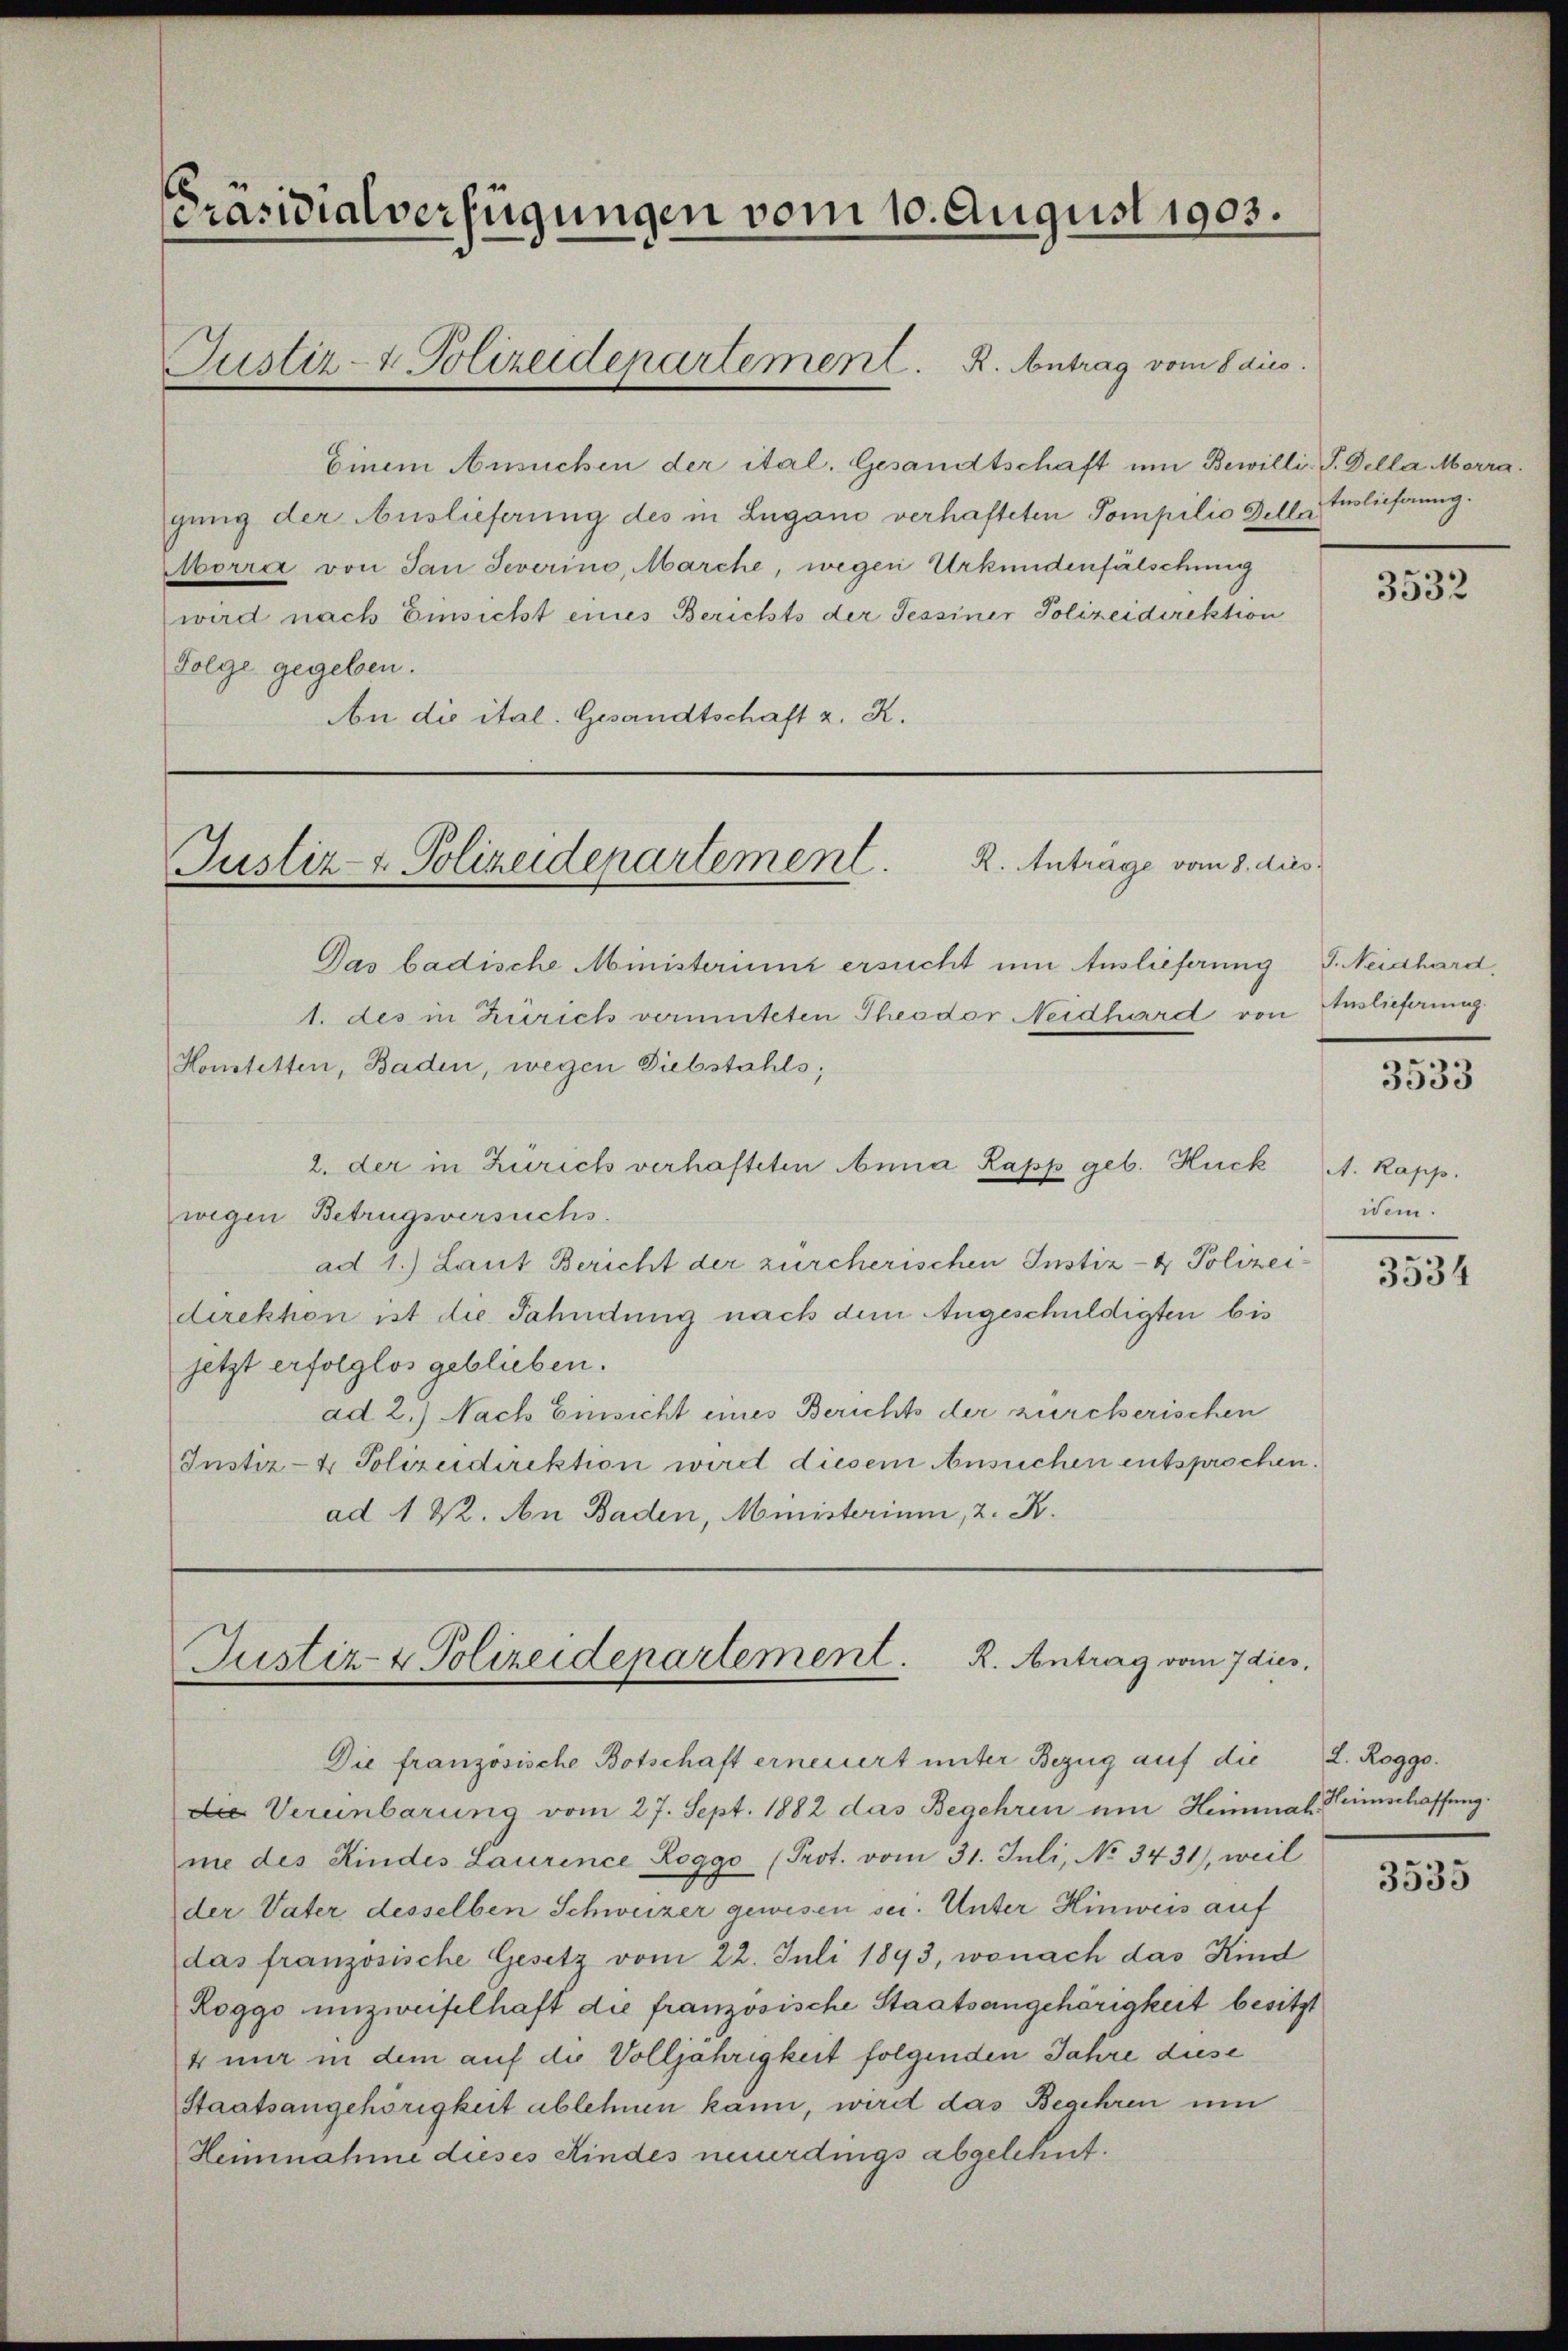
Präsidialverfügungen vom 10. August 1903.
Justiz- u. Polizeidepartement. R. Antrag vom 8 dies

Einem Ansuchen der ital. Gesandtschaft um Bewilli-P. Della Morragung der Auslieferung des in Lugano verhafteten Pompilio delle Auslieferung.
Morra von San Severino, Marche, wegen Urkundenfälschung
wird nach Einsicht eines Berichts der Tessiner Polizeidirektion
Folge gegeben.
An die ital. Gesandtschaft z. K.

Justiz- & Polizeidepartement.

R. Anträge vom 8. dies

Das badische Ministerium ersucht um Auslieferung
1. des in Zürich vomiteten Theodor Neidhard von
Komtetten, Baden, wegen Diebstahls;
2. der in Zürich verhafteten Anna Rapp geb. Kuck A. Rapp.
wegen Betrugsversuchs.
ad 1.) Laut Bericht der zürcherischen Instiz- & Polizeidirektion ist die Fahndung nach dem Angeschuldigten bis
jetzt erfolglos geblieben.
ad 2.) Nach Einsicht eines Berichts der zürcherischen
Instiz- & Polizeidirektion wird diesem Ansuchen entsprochen
ad  22. An Baden, Ministerium, 2. K.

Justiz- & Polizeidepartement. R. Antrag vom 7 dies,

Die französische Botschaft erneuert unter Bezug auf die
Die Vereinbarung vom 27. Sept. 1882 das Begehren um Heinmal Heimschaffung.
me des Kindes Laurence, Roggo (Prot. vom 31. Juli, No 3431, weil
der Vater desselben Schweizer gewesen sei. Unter Hinweis auf
das französische Gesetz vom 22. Juli 1893, wonach das Kind
Roggo unzweifelhaft die französische Staatsangehörigkeit besitzt
t mir in dem auf die Volljährigkeit folgenden Jahre diese
Staatsangehörigkeit ablehnen kann, wird das Begehren um
Heinnahme dieses Kindes neuerdings abgelehnt.

3532

G. Neidhard,
Ausliefernung.

3533

wem.

3534

L. Roggo.

3535